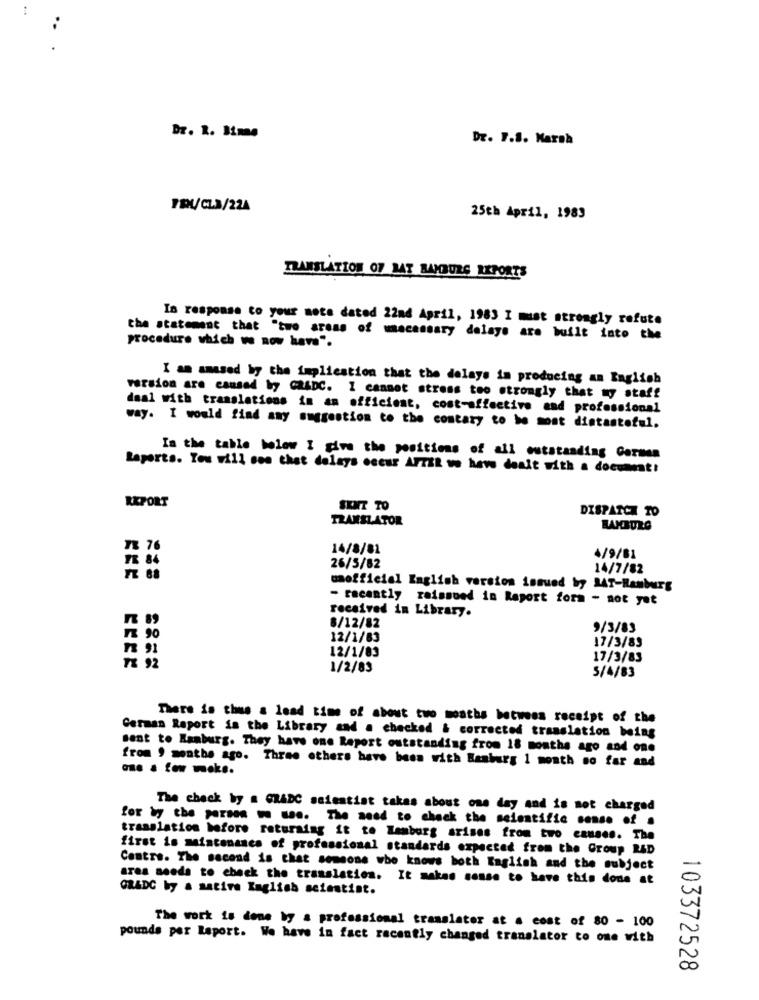
Dr. R. Bime
Dr. 7.8. Marsà
PDL/CL3/224
25th April, 1983
TRANSLATION OF BAT BANBURG REPORTS
In response to your mote dated 22nd April, 1983 I must strongly refute
procedure which we now have".
the statement that "two areas of mecessary delays are built into the
I am amased by the implication that the delays in producing an English
version are caused by CRADC. I cannot stress too strongly that my staff
deal with translations in an efficient, cost-effective and professional
way. I would find any suggestion to the contary to be most distasteful.
In the table below I give the positions of all outstanding Carmen
Raports. You will see that delays occur AFTER we hew dealt with a document!
REPORT
SKIT TO
DISPATCH TO
TRANSLATOR
73 76
14/8/81
FE 84
4/9/81
26/5/82
14/7/82
FT 68
unofficial English version issued by JAT-Hamburg
- recently raissued in Report form - not yet
received in Library.
8/12/82
9/3/83
12/1/83
17/3/83
12/1/83
17/3/83
7% 92
EEEE
1/2/83
5/4/83
There is thus a load time of about two months between receipt of the
German Report in the Library and a checked & corrected translation being
sent to Ranburg. They have one Report outstanding from 18 months ago and one
from , months ago. Three others have bass with Banburg 1 month so far and
one a few moke.
The check by a GRADC scientist takes about ons day and is not charged
for by the person wo man. The need to check the scientific sense of a
translation before returning it to Hamburg arises from two causes. The
first is maintenance of professional standards expected from the Group RAD
Centre. The second is that someone who knows both English and the subject
aras seeds to check the translation. It makes sense to have this done at
ORADC by & satire Kaglish scientist.
The work is done by a professional translator at a cost of 80 - 100
pounds por Report. We have in fact recently changed translator to one with
103372528